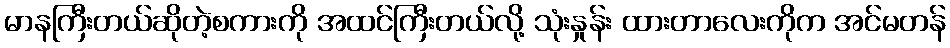
မာနကြီးတယ်ဆိုတဲ့စကားကို အထင်ကြီးတယ်လို့ သုံးနှုန်း ထားတာလေးကိုက အင်မတန်